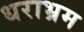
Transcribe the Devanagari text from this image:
धराभ्रम